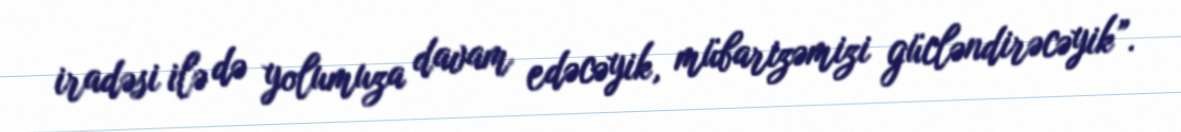
iradəsi ilə də yolumuza davam edəcəyik, mübarizəmizi gücləndirəcəyik”.